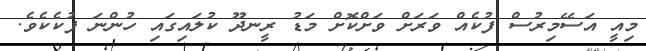
މިއީ އަސޭމިރުސް ފުކެއް ވަރަށް ވަށްކޮށް މަޑު ރީނދޫ ކުލައިގައި ހުންނަ ފުކެކެވެ.